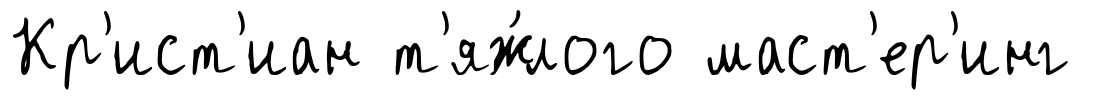
Кр'ист'иан т'яж́лого маст'ер'инг